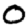
Digit: 0